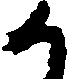
か